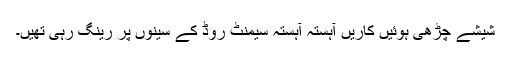
شیشے چڑھی ہوئیں کاریں آہستہ آہستہ سیمنٹ روڈ کے سینوں پر رینگ رہی تھیں۔